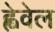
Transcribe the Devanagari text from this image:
ह्वेवेल